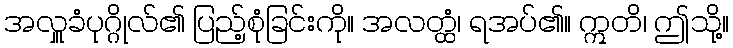
အလှူခံပုဂ္ဂိုလ်၏ ပြည့်စုံခြင်းကို။ အလတ္ထံ၊ ရအပ်၏။ ဣတိ၊ ဤသို့။